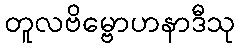
တူလဗိမ္ဗောဟနာဒီသု